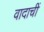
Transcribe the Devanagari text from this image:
वादाचीं